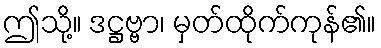
ဤသို့။ ဒဋ္ဌဗ္ဗာ၊ မှတ်ထိုက်ကုန်၏။